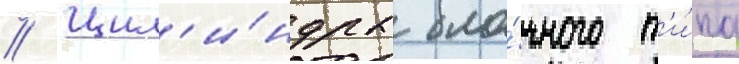
// Цил'и́ндры бло́чного т'и́па